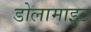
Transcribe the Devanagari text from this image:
डोलामाइट